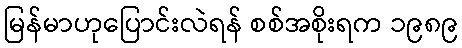
မြန်မာဟုပြောင်းလဲရန် စစ်အစိုးရက ၁၉၈၉